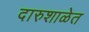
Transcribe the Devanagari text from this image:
दारुशाळेत